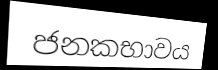
ජනකභාවය